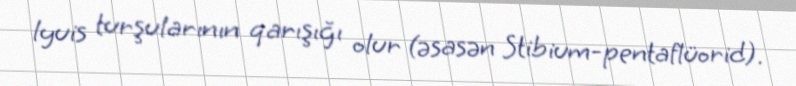
lyuis turşularının qarışığı olur (əsasən Stibium-pentaflüorid).